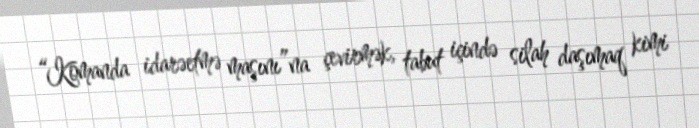
“Komanda idarəetmə maşını”na çevirmək, tabut içində silah daşımaq kimi